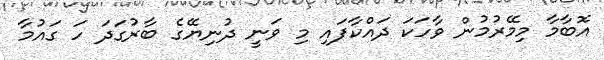
އޮބާމާ މިމޭރުމުން ވާހަކަ ދައްކާފައި މި ވަނީ ދުނިޔޭގެ ބާރުގަދަ ހަ ގައުމާ